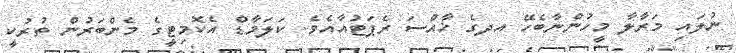
ނުލައި މަރާލާ މީހުންނާބެހޭ އދގެ ޚާއްސަ ރެޕަޓުއާއެވެ. ކަލަމާޑް އެކޮމިޓީގެ މެންބަރުން ތުރުކީ